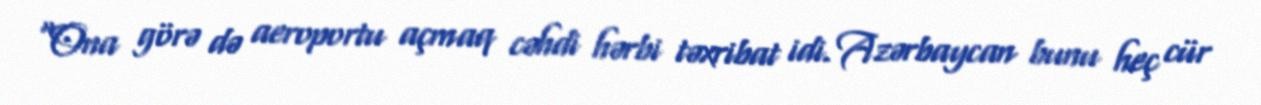
“Ona görə də aeroportu açmaq cəhdi hərbi təxribat idi. Azərbaycan bunu heç cür